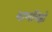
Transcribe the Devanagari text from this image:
बाणचिह्नों